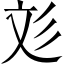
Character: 彣